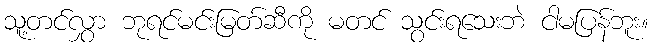
သူ့တင်လွှာ ဘုရင်မင်းမြတ်ဆီကို မတင် သွင်းရသေးဘဲ ငါမပြန်ဘူး။